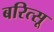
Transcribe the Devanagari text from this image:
बरित्सू